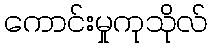
ကောင်းမှုကုသိုလ်